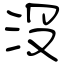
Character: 沒